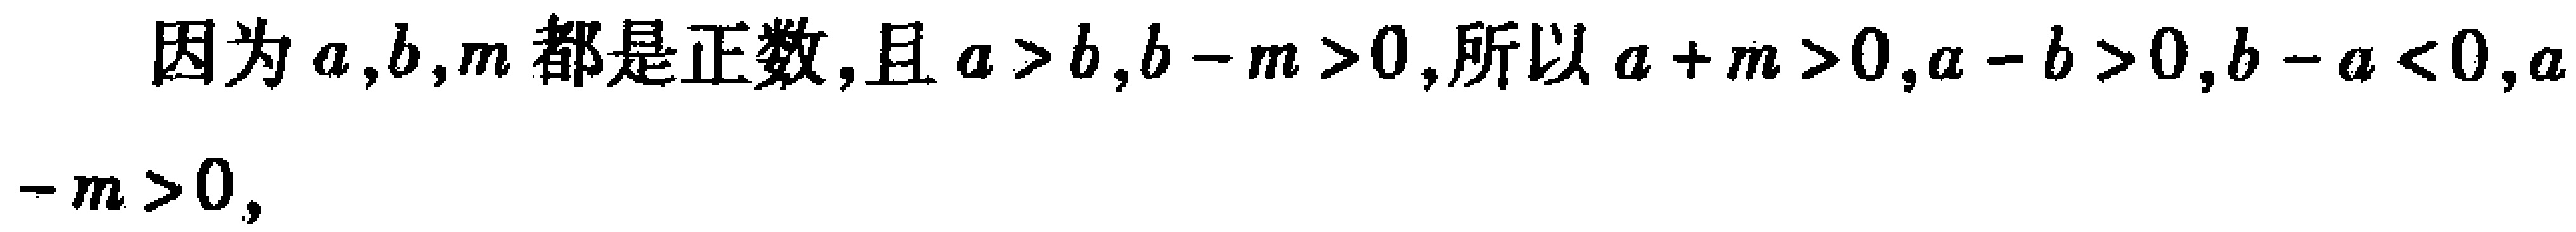
因为\(a,b,m\)都是正数,且\(a > b,b - m>0\),所以\(a + m>0,a - b>0,b - a<0,a - m>0\),